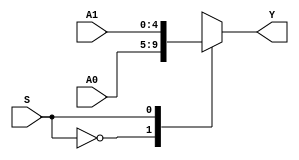
module MUX2X5(A0,A1,S,Y);
input [4:0]A0,A1;
input S;
output[4:0] Y;
function [4:0] select;
	input[4:0]A0,A1;
	input S;
	case(S)
		0:select=A0;
		1:select=A1;
	endcase
endfunction
assign Y=select(A0,A1,S);
endmodule